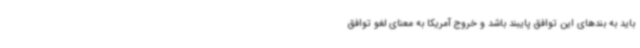
باید به بندهای این توافق پایبند باشد و خروج آمریکا به معنای لغو توافق